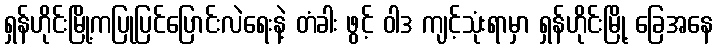
ရှန်ဟိုင်းမြို့ကပြုပြင်ပြောင်းလဲရေးနဲ့ တံခါး ဖွင့် ဝါဒ ကျင့်သုံးရာမှာ ရှန်ဟိုင်းမြို့ ခြေအနေ